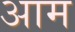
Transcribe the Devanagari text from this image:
अाम